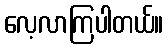
လေ့လာကြပါတယ်။